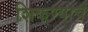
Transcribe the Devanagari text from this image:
शिकण्याचं